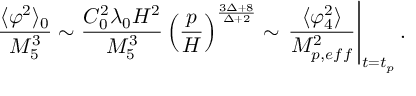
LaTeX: \frac { \langle \varphi ^ { 2 } \rangle _ { 0 } } { M _ { 5 } ^ { 3 } } \sim \frac { C _ { 0 } ^ { 2 } \lambda _ { 0 } H ^ { 2 } } { M _ { 5 } ^ { 3 } } \left( \frac { p } { H } \right) ^ { \frac { 3 \Delta + 8 } { \Delta + 2 } } \sim \left. \frac { \langle \varphi _ { 4 } ^ { 2 } \rangle } { M _ { p , e f f } ^ { 2 } } \right\vert _ { t = t _ { p } } .